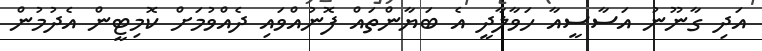
އަދި ގާނޫނު އަސާސީއާ ހަވާލާދީ އެ ބަޔާންތައް ފޮނުއްވައި ދެއްވުމަށް ކޮމިޓީން އެދުމުން